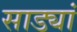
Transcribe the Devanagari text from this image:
साड्यां